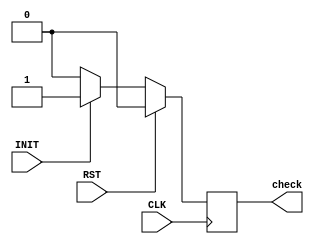
`timescale 1ns / 1ps
//////////////////////////////////////////////////////////////////////////////////
// Company: 
// Engineer: 
// 
// Design Name: 
// Module Name: Unlock_Check
// Project Name: 
// Target Devices: 
// Tool Versions: 
// Description: 
// 
// Dependencies: 
// 
// Revision:
// Revision 0.01 - File Created
// Additional Comments:
// 
//////////////////////////////////////////////////////////////////////////////////


module Unlock_Check(
input CLK, RST, INIT, output check
    );
    reg finalCheck;
    assign check = finalCheck;
    
    always@(posedge CLK)begin
        if(RST) begin
            finalCheck = 1'b0;
            end
        else if(INIT == 1'b1)begin
            finalCheck <= 1'b1;
            end
        else begin
            finalCheck <= 1'b0;
            end
        end
endmodule